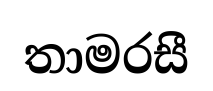
තාමරසී